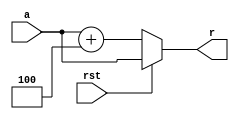
`timescale 1ns / 1ns
module npc(
    input [31:0] a,
    input rst,
    output [31:0] r
    );
    assign r = rst ? a : a+4;
endmodule